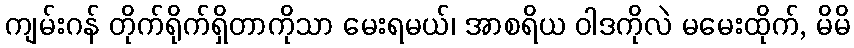
ကျမ်းဂန် တိုက်ရိုက်ရှိတာကိုသာ မေးရမယ်၊ အာစရိယ ဝါဒကိုလဲ မမေးထိုက်, မိမိ